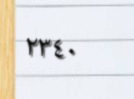
٢٣٤٠